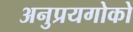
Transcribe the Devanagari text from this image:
अनुप्रयगोको